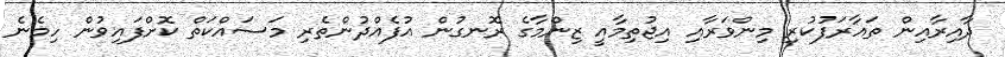
ދާއިރާއިން ތައާރަފުކުރި މިންވަރާއި އިޖުތިމާއީ ޒިންމާގެ ރޮނގުން އުފެއްދުންތެރި މަސައްކަތް ކޮށްފައިވުން ހިމެނެ